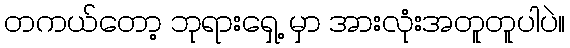
တကယ်တော့ ဘုရားရှေ့ မှာ အားလုံးအတူတူပါပဲ။